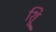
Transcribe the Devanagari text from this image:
शूि